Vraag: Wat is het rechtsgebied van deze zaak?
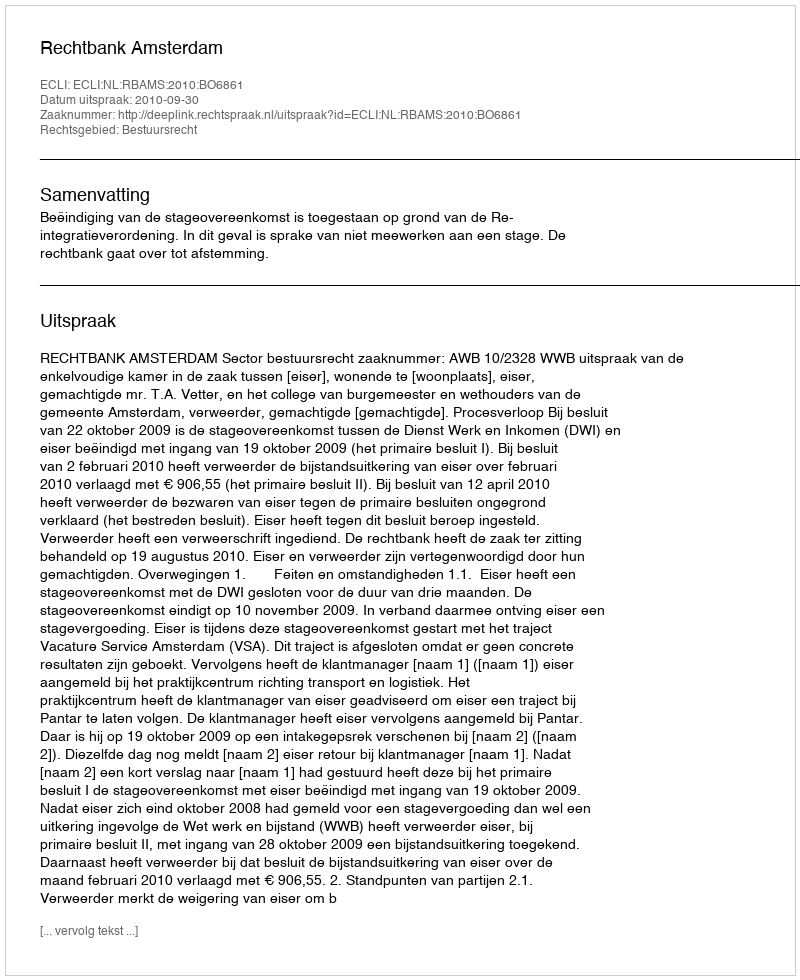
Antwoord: Bestuursrecht